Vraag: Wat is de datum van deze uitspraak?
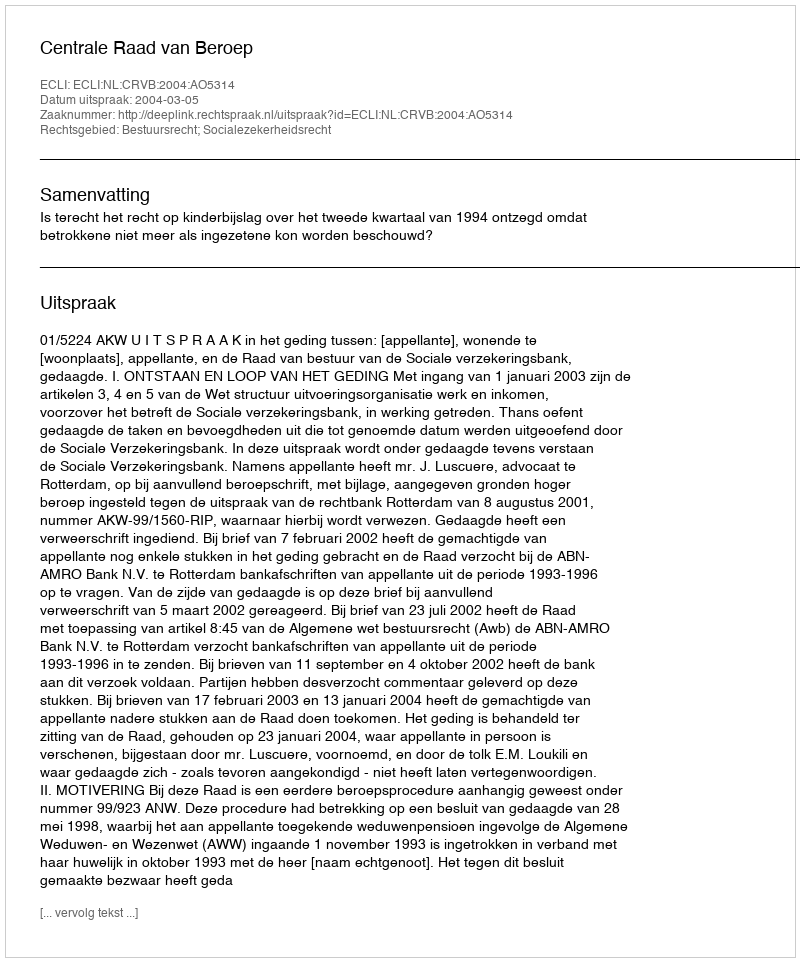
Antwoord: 2004-03-05